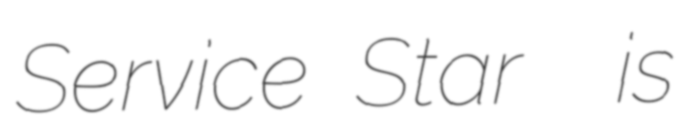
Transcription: Service Star  is